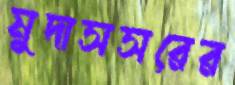
মুদাসসরের